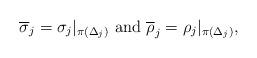
LaTeX: \begin{align*} \overline{\sigma}_j=\sigma_j|_{\pi(\Delta_j)} \hbox{ and } \overline{\rho}_j=\rho_j|_{\pi(\Delta_j)},\end{align*}